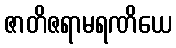
ဇာတိဇရာမရဏိယေ